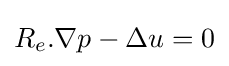
R_{e}.\nabla p-\Delta u=0